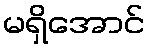
မရှိအောင်